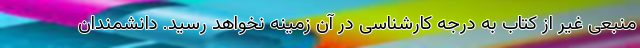
منبعی غیر از کتاب به درجه کارشناسی در آن زمینه نخواهد رسید. دانشمندان